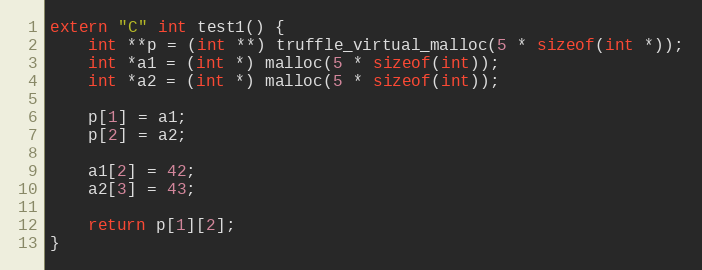
Language: C++
extern "C" int test1() {
    int **p = (int **) truffle_virtual_malloc(5 * sizeof(int *));
    int *a1 = (int *) malloc(5 * sizeof(int));
    int *a2 = (int *) malloc(5 * sizeof(int));

    p[1] = a1;
    p[2] = a2;

    a1[2] = 42;
    a2[3] = 43;

    return p[1][2];
}